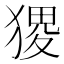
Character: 𤠎